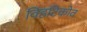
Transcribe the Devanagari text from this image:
विहटिकोव